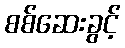
စစ်ဆေးခွင့်